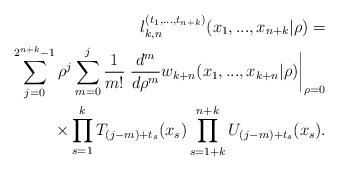
LaTeX: \begin{align*}l_{k,n}^{(t_{1},...,t_{n+k})}(x_{1},...,x_{n+k}|\rho)=\\\sum_{j=0}^{2^{n+k}-1}\rho^{j}\sum_{m=0}^{j}\frac{1}{m!}\left. \frac{d^{m}}{d\rho^{m}}w_{k+n}(x_{1},...,x_{k+n}|\rho)\right\vert _{\rho=0}\\\times\prod_{s=1}^{k}T_{(j-m)+t_{s}}(x_{s})\prod_{s=1+k}^{n+k}U_{(j-m)+t_{s}}(x_{s}).\end{align*}